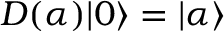
D ( \alpha ) | 0 \rangle = | \alpha \rangle